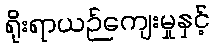
ရိုးရာယဉ်ကျေးမှုနှင့်